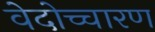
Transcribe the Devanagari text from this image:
वेदोच्चारण